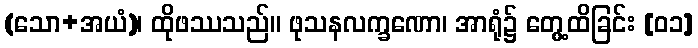
(သော+အယံ)၊ ထိုဖဿသည်။ ဖုသနလက္ခဏော၊ အာရုံ၌ တွေ့ထိခြင်း [၀၁]